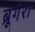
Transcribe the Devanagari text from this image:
ब्रूगेरा